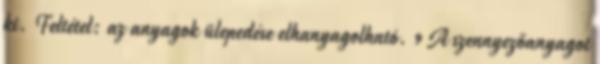
ki. Feltétel: az anyagok ülepedése elhanyagolható. 9 A szennyezőanyagot